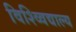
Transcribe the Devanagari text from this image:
विश्व्विद्याल्य